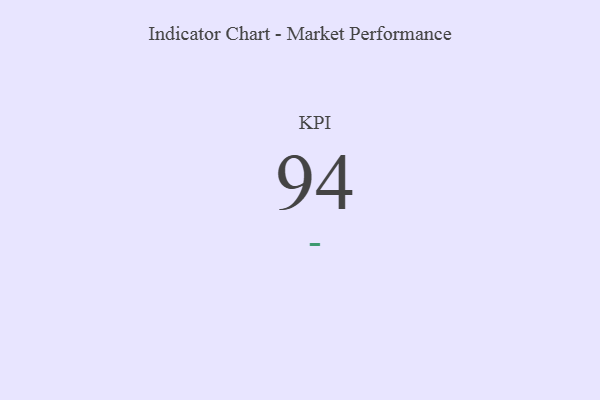
{"axis": {"x": "KPI", "y": "Value"}, "legend": [""], "data": [{"x": "KPI", "y": 94, "type": ""}]}